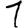
Digit: 1